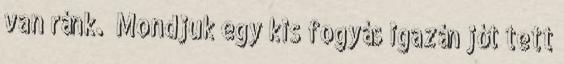
van ránk.☹ Mondjuk egy kis fogyás igazán jót tett